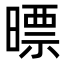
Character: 㬓